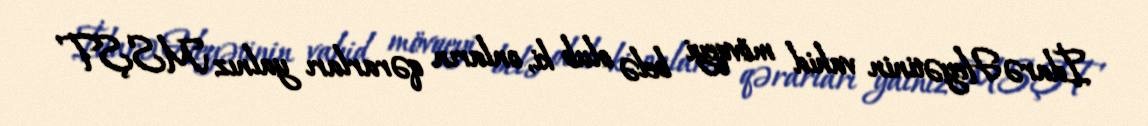
İdarə Heyətinin vahid mövqeyi belə olub ki, onların qərarları yalnız MSŞT